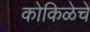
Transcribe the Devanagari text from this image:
कोकिळेचे